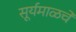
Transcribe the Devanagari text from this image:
सूर्यमाळचे